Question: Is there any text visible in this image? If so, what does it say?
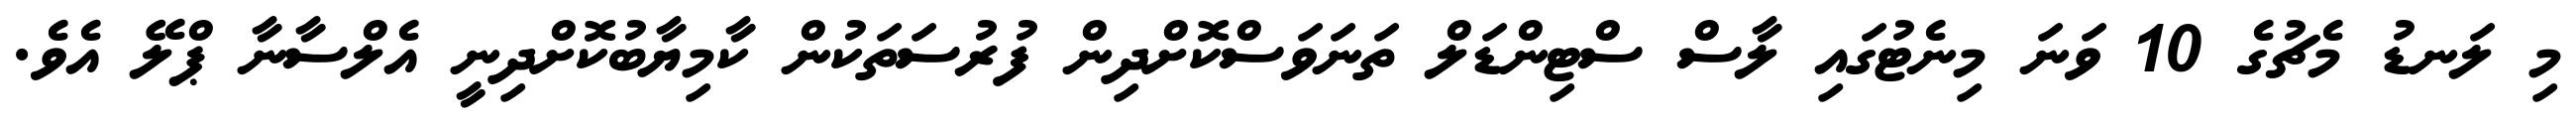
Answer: މި ލަނޑު މެޗުގެ 10 ވަނަ މިނެޓުގައި ލާސް ސްޓިންޑަލް ތަނަވަސްކޮށްދިން ފުރުސަތަކުން ކާމިޔާބުކޮށްދިނީ އެލްސާނާ ޕްލޭ އެވެ.